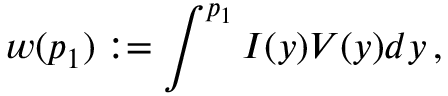
w ( p _ { 1 } ) : = \int ^ { p _ { 1 } } I ( y ) V ( y ) d y \, ,